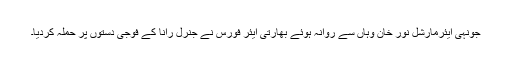
جونہی ایئرمارشل نور خان وہاں سے روانہ ہوئے بھارتی ایئر فورس نے جنرل رانا کے فوجی دستوں پر حملہ کردیا۔